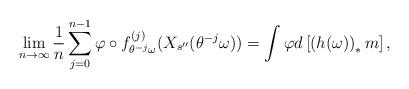
LaTeX: \begin{align*}\lim _{n\to \infty} \frac{1}{n} \sum ^{n-1} _{j=0} \varphi \circ f_{\theta ^{-j} \omega} ^{(j)} (X_{s^{\prime \prime}}(\theta ^{-j}\omega)) = \int \varphi d\left[ \left( h(\omega) \right) _* m\right] ,\end{align*}